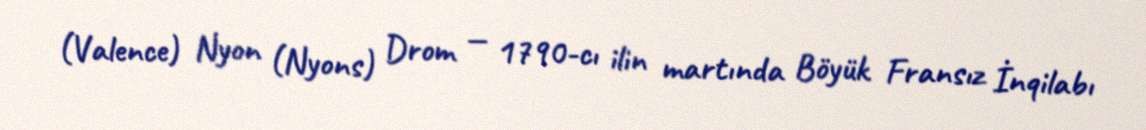
(Valence) Nyon (Nyons) Drom — 1790-cı ilin martında Böyük Fransız İnqilabı